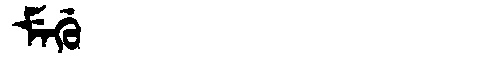
Manchu: ᠮᡝᡤᡠ
Romanization: MEGU